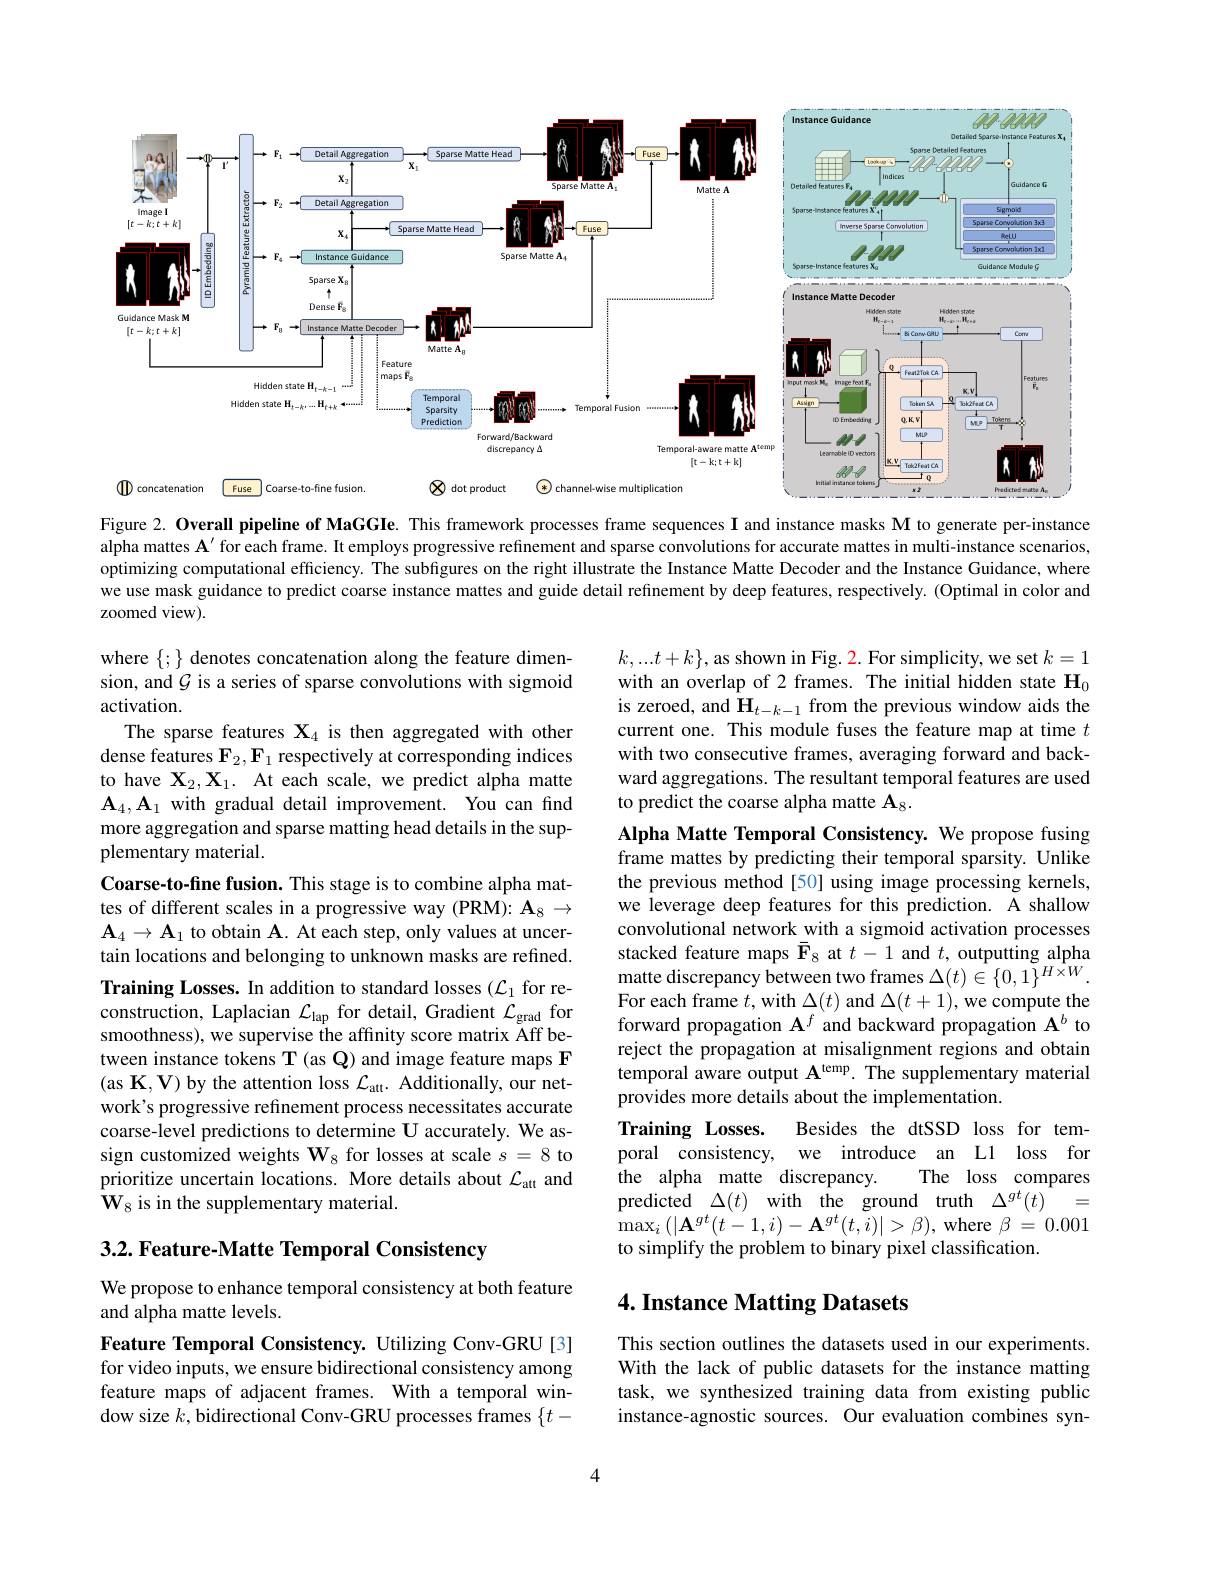
<FigureHere>

Figure 2. Overall pipeline of MaGGIe. This framework processes frame sequences I and instance masks M to generate per-instance alpha mattes $\mathbf{A}^{\prime}$ for each frame. It employs progressive refinement and sparse convolutions for accurate mattes in multi-instance scenarios optimizing computational efficiency. The subfigures on the right illustrate the Instance Matte Decoder and the Instance Guidance, where we use mask guidance to predict coarse instance mattes and guide detail refinement by deep features, respectively. (Optimal in color and zoomed view).

$k,...t+k\}$, as shown in Fig. 2. For simplicity, we set $k=1$ with an overlap of 2 frames. The initial hidden state $\mathbf{H}_0$ is zeroed, and $\mathbf{H}_{t-k-1}$ from the previous window aids the current one. This module fuses the feature map at time $t$ with two consecutive frames, averaging forward and backward aggregations. The resultant temporal features are used to predict the coarse alpha matte $\mathbf{A}_8.$

where $\{;\}$ denotes concatenation along the feature dimension, and $G$ is a series of sparse convolutions with sigmoid activation.
The sparse features $\mathbf{X}_4$ is then aggregated with other dense features $\mathbf{F}_2,\mathbf{F}_1$ respectively at corresponding indices to have $\mathbf{X}_2,\mathbf{X}_1.$ At each scale, we predict alpha matte $\mathbf{A}_4,\mathbf{A}_1$ with gradual detail improvement. You can find more aggregation and sparse matting head details in the supplementary material.
Coarse-to-fine fusion. This stage is to combine alpha mattes of different scales in a progressive way (PRM): $\mathbf{A}_8\to$ $\mathbf{A}_4\to\mathbf{A}_1$ to obtain $\mathbf{A}.$ At each step, only values at uncertain locations and belonging to unknown masks are refined. Training Losses. In addition to standard losses ($\mathcal{L}_1$ for reconstruction, Laplacian $\mathcal{L}_\mathrm{lap}$ for detail, Gradient $\mathcal{L}_\mathrm{grad}$ for smoothness), we supervise the affinity score matrix Aff between instance tokens T (as Q) and image feature maps F (as K$,\mathbf{V})$ by the attention loss $\mathcal{L}_\mathrm{att}.$ Additionally, our network's progressive refinement process necessitates accurate coarse-level predictions to determine U accurately. We assign customized weights $\mathbf{W}_8$ for losses at scale $s=8$ to prioritize uncertain locations. More details about $\mathcal{L}_\mathrm{att}$ and $\mathbf{W}_{8}$ is in the supplementary material.

Alpha Matte Temporal Consistency. We propose fusing frame mattes by predicting their temporal sparsity. Unlike the previous method[50] using image processing kernels, we leverage deep features for this prediction. A shallow convolutional network with a sigmoid activation processes stacked feature maps $\bar{\mathbf{F}}_8$ at $t-1$ and $t$, outputting alpha matte discrepancy between two frames $\Delta(t)\in\{0,1\}^{H\times W}.$ ${\mathrm{For~each~frame~}t,\mathrm{with~}\Delta(t)\mathrm{~and~}\Delta(t+1),\mathrm{we~compute~the}}$ forward propagation $\mathbf{A}^f$ and backward propagation $\mathbf{A}^b$ to reject the propagation at misalignment regions and obtain temporal aware output $\mathbf{A}^\mathrm{temp.~The~supplementary~material}$ provides more details about the implementation.
Besides the dtSSD loss for tem-
Training Losses.
poral consistency, we introduce an L1 loss for
the alpha matte discrepancy.
The loss compares
predicted$\Delta ( t)$ with the ground truth $\Delta ^gt( t)$ = $\operatorname*{max}_{i}\left(|\mathbf{A}^{gt}(t-1,i)-\mathbf{A}^{gt}(t,i)|>\beta\right)$,where $\beta=0.001$ to simplify the problem to binary pixel classification.

3.2. Feature- Matte Temporal Consistency

We propose to enhance temporal consistency at both feature
and alpha matte levels.

## 4. Instance Matting Datasets

Feature Temporal Consistency. Utilizing Conv-GRU[3] for video inputs, we ensure bidirectional consistency among feature maps of adjacent frames. With a temporal window size $k$,bidirectional Conv-GRU processes frames $\{t-$

This section outlines the datasets used in our experiments. With the lack of public datasets for the instance matting task, we synthesized training data from existing public instance-agnostic sources. Our evaluation combines syn-

4